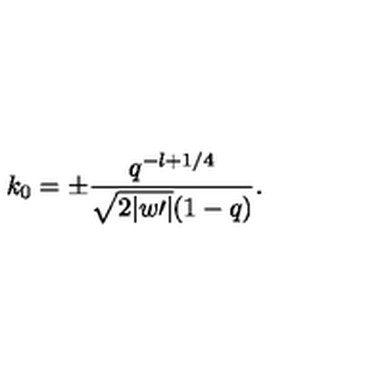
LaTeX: k _ { 0 } = \pm \frac { q ^ { - l + 1 / 4 } } { \sqrt { 2 | w \prime | } ( 1 - q ) } .